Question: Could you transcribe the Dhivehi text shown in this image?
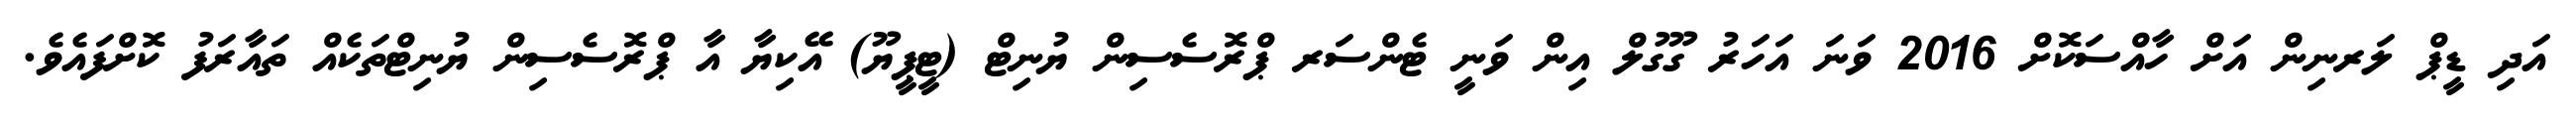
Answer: އަދި ޑީޕް ލަރނިން އަށް ހާއްސަކޮށް 2016 ވަނަ އަހަރު ގޫގުލް އިން ވަނީ ޓެންސަރ ޕްރޮސެސިން ޔުނިޓް (ޓީޕީޔޫ) އޭކިޔާ އާ ޕްރޮސެސިން ޔުނިޓްތަކެއް ތައާރަފު ކޮށްފައެވެ.